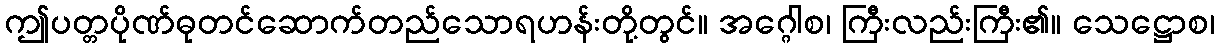
ဤပတ္တပိုဏ်ဓုတင်ဆောက်တည်သောရဟန်းတို့တွင်။ အဂ္ဂေါစ၊ ကြီးလည်းကြီး၏။ သေဋ္ဌောစ၊